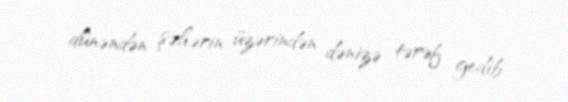
dünəndən şəhərin üzərindən dənizə tərəf gedib.